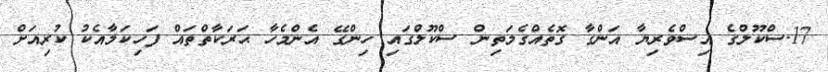
17.ސްކޫލްގެ އިސްވެރިޔާ އަންގާ ގޮތެއްގެމަތިން ސްކޫލްގައި ހިންގޭ އެންމެހާ ޙަރަކާތްތައް ފަހިކަމާއެކު ކުރިއަށް